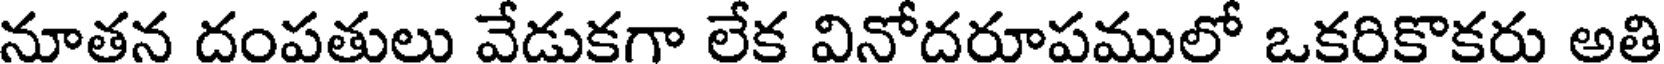
నూతన దంపతులు వేడుకగా లేక వినోదరూపములో ఒకరికొకరు అతి